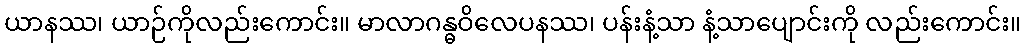
ယာနဿ၊ ယာဉ်ကိုလည်းကောင်း။ မာလာဂန္ဓဝိလေပနဿ၊ ပန်းနံ့သာ နံ့သာပျောင်းကို လည်းကောင်း။